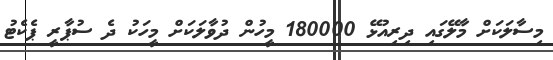
މިސާލަކަށް މާލޭގައި ދިރިއުޅޭ 180000 މީހުން ދުވާލަކަށް މީހަކު ދެ ސުޕާރީ ޕެކެޓު